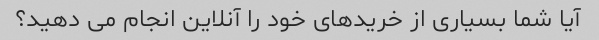
آیا شما بسیاری از خریدهای خود را آنلاین انجام می دهید؟